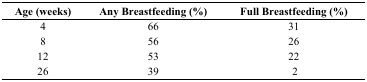
| Age (weeks) | Any Breastfeeding (%) | Full Breastfeeding (%) |
 | --- | --- | --- |
 | 4 | 66 | 31 |
 | 8 | 56 | 26 |
 | 12 | 53 | 22 |
 | 26 | 39 | 2 |